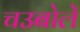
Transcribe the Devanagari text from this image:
चउबोलें